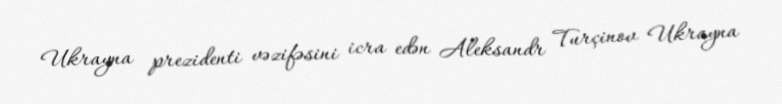
Ukrayna prezidenti vəzifəsini icra edən Aleksandr Turçinov Ukrayna